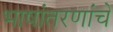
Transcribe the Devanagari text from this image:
भाषांतरणांचे